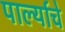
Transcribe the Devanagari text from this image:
पार्ल्याचे